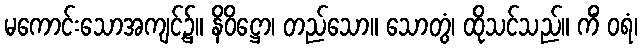
မကောင်းသောအကျင့်၌။ နိဝိဋ္ဌော၊ တည်သော။ သောတွံ၊ ထိုသင်သည်။ ကိံ ဝရံ၊